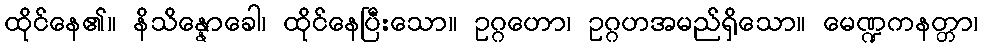
ထိုင်နေ၏။ နိသိန္နောခေါ၊ ထိုင်နေပြီးသော။ ဥဂ္ဂဟော၊ ဥဂ္ဂဟအမည်ရှိသော။ မေဏ္ဍကနတ္တာ၊